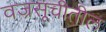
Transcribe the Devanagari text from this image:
वज्रसूचीतील